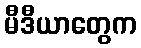
မီဒီယာတွေက